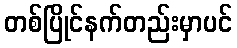
တစ်ပြိုင်နက်တည်းမှာပင်